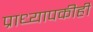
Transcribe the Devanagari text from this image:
प्राध्यापकीही